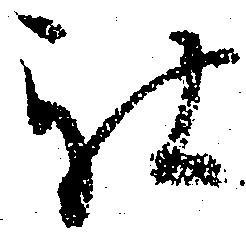
被